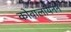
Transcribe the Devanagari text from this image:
कोवालायनन